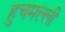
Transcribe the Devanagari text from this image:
हुचमल्ली